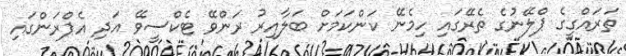
ތަރައްގީގެ ޕްލޭނުގެ ތެރޭގައި ހިމެނޭ ކަންކަމަށް ބަލާއިރު ރަންވޭ ޓެކްސީވޭ އަދި އެޕްރަންގައި